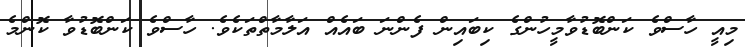
މިއީ ހާސްވެ ކަންބޮޑުވާމީހުންގެ ކިބައިން ފެންނަ ބައެއް އަލާމާތްތަކެވެ. ހާސްވެ ކަންބޮޑުވާ ކޮންމެ